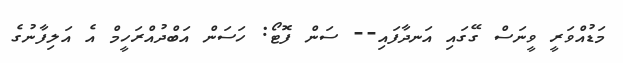
މަޑުއްވަރީ ވީނަސް ގޭގައި އަނދާފައި-- ސަން ފޮޓޯ: ހަސަން އަބްދުއްރަހީމް އެ އަލިފާނުގެ